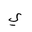
Letter: _ya